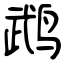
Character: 鹉